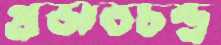
প্রভাতচন্দ্র